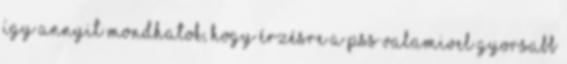
így annyit mondhatok, hogy érzésre a PSS valamivel gyorsabb